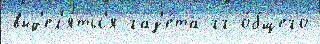
выд'ел'я́тьс'я газ'е́та гг о́бщего